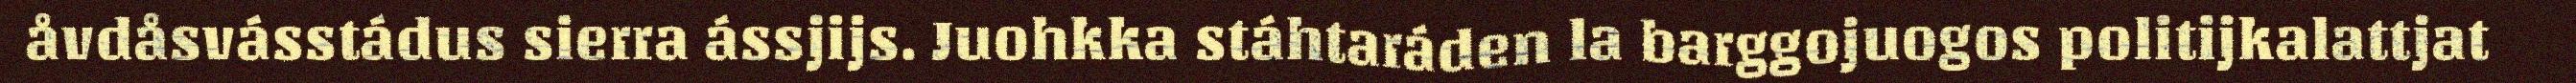
åvdåsvásstádus sierra ássjijs. Juohkka stáhtaráden la barggojuogos politijkalattjat